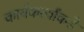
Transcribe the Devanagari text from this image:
कार्यकर्त्यांकडे